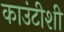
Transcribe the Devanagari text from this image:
काउंटीशी